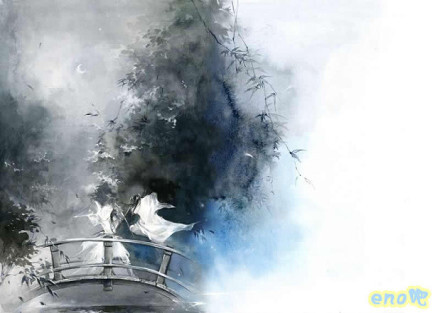
夕阳鸟外，秋风原上，目断四天垂。